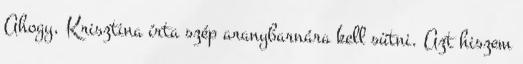
Ahogy, Krisztina írta szép aranybarnára kell sütni. Azt hiszem